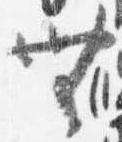
無